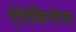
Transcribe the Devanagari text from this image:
ऐरेबिनोस